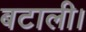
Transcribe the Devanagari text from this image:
बटाली।